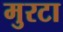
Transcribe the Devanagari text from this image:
मुरटा